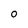
Character: O